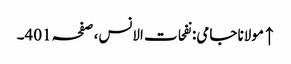
↑ مولانا جامی: نفحات الانس، صفحہ 401۔